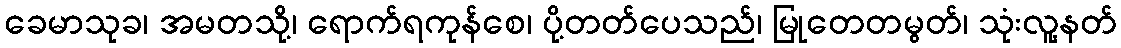
ခေမာသုခ၊ အမတသို့၊ ရောက်ရကုန်စေ၊ ပို့တတ်ပေသည်၊ မြုတေတမွတ်၊ သုံးလူ့နတ်